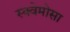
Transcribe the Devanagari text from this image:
स्क्वेमोसा